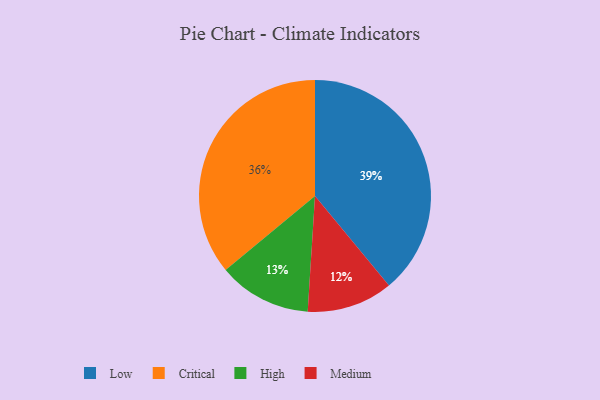
{"axis": {"x": "Category", "y": "Percentage"}, "legend": ["Critical", "High", "Low", "Medium"], "data": [{"x": "Medium", "y": 12, "type": "Medium"}, {"x": "Low", "y": 39, "type": "Low"}, {"x": "Critical", "y": 36, "type": "Critical"}, {"x": "High", "y": 13, "type": "High"}]}